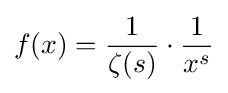
f(x)={\frac {1}{\zeta (s)}}\cdot {\frac {1}{x^{s}}}